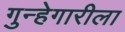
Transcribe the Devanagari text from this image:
गुन्हेगारीला